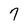
Character: 7